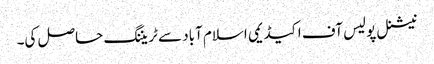
نیشنل پولیس آف اکیڈیمی اسلام آباد سے ٹریننگ حاصل کی۔